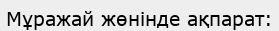
Мұражай жөнінде ақпарат: